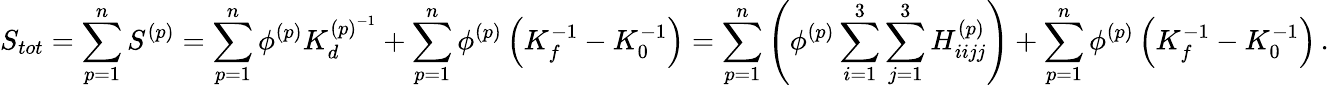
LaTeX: S_{tot}=\sum_{p=1}^{n}S^{(p)}=\sum_{p=1}^{n}\phi^{(p)}K_{d}^{{(p)}^{-1}}+\sum_{p=1}^{n}\phi^{(p)}\left(K_{f}^{-1}-K_{0}^{-1}\right)=\sum_{p=1}^{n}\left(\phi^{(p)}\sum_{i=1}^{3}\sum_{j=1}^{3}H_{iijj}^{{(p)}}\right)+\sum_{p=1}^{n}\phi^{(p)}\left(K_{f}^{-1}-K_{0}^{-1}\right)\, .